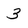
Character: 3